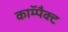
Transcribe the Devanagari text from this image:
काॅम्पैक्ट